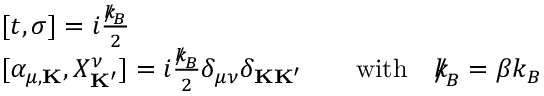
\begin{array} { r l } & { [ t , \sigma ] = i \frac { { \slash \! \! \! k } _ { \! { B } } } { 2 } } \\ & { [ \alpha _ { \mu , { \bf K } } , X _ { \bf K ^ { \prime } } ^ { \nu } ] = i \frac { { \slash \! \! \! k } _ { \! { B } } } { 2 } \delta _ { \mu \nu } \delta _ { { \bf K } { \bf K ^ { \prime } } } \qquad \mathrm { w i t h } \quad { \slash \! \! \! k } _ { \! { B } } = \beta k _ { B } } \end{array}